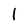
Character: l